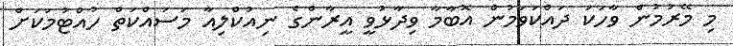
މި މޭރުމުން ވާހަކަ ދައްކަވަމުން އޮބާމާ ވިދާޅުވީ އީރާންގެ ނިއުކްލިއާ މަސައްކަތް ހުއްޓުމަކަށް